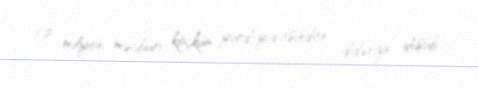
1.2 milyon məcburi köçkün yurd-yuvasından didərgin düşüb.